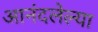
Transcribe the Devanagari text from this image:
आनंदलेल्या